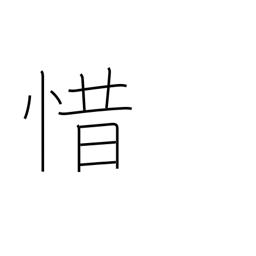
Meaning: stingy